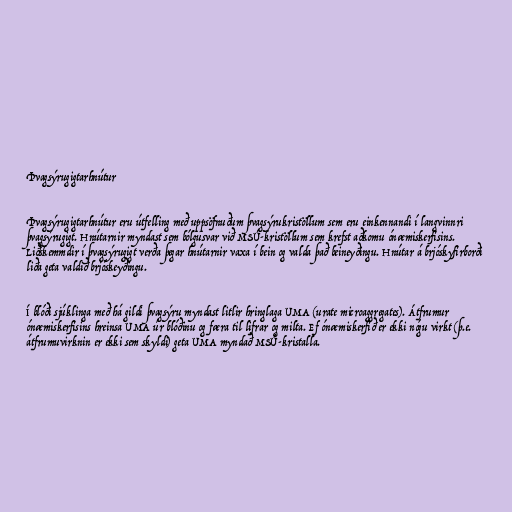
Þvagsýrugigtarhnútur

Þvagsýrugigtarhnútur eru útfelling með uppsöfnuðum þvagsýrukristöllum sem eru einkennandi í langvinnri
þvagsýrugigt. Hnútarnir myndast sem bólgusvar við MSÚ-kristöllum sem krefst aðkomu ónæmiskerfisins.
Liðskemmdir í þvagsýrugigt verða þegar hnútarnir vaxa í bein og valda það beineyðingu. Hnútar á brjóskyfirborði
liða geta valdið brjóskeyðingu.

Í blóði sjúklinga með há gildi þvagsýru myndast litlir hringlaga UMA (urate microaggregates). Átfrumur
ónæmiskerfisins hreinsa UMA úr blóðinu og færa til lifrar og milta. Ef ónæmiskerfið er ekki nógu virkt (þ.e.
átfrumuvirknin er ekki sem skyldi) geta UMA myndað MSÚ-kristalla.